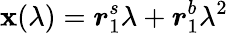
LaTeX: \boldsymbol{\mathbf{x}}(\lambda)=\boldsymbol{r}_{1}^{s}\lambda+\boldsymbol{r}_{1}^{b}\lambda^{2}